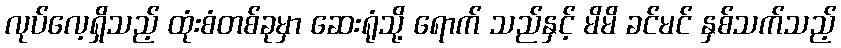
လုပ်လေ့ရှိသည့် ထုံးစံတစ်ခုမှာ ဆေးရုံသို့ ရောက် သည်နှင့် မိမိ ခင်မင် နှစ်သက်သည့်